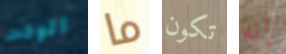
الوقت ما تكون إنه